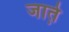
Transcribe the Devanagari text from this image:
जात़े